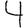
Digit: 4